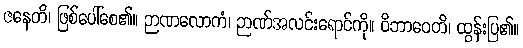
ဇနေတိ၊ ဖြစ်ပေါ်စေ၏။ ဉာဏလောကံ၊ ဉာဏ်အလင်းရောင်ကို။ ဝိဘာဝေတိ၊ ထွန်းပြ၏။